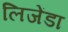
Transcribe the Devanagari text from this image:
लिजेंडा